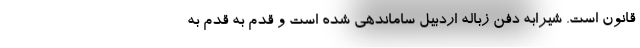
قانون است. شیرابه دفن زباله اردبیل ساماندهی شده است و قدم به قدم به